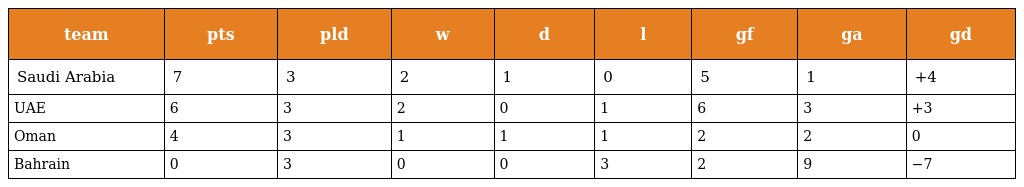
| team | pts | pld | w | d | l | gf | ga | gd |
 | --- | --- | --- | --- | --- | --- | --- | --- | --- |
 | Saudi Arabia | 7 | 3 | 2 | 1 | 0 | 5 | 1 | +4 |
 | UAE | 6 | 3 | 2 | 0 | 1 | 6 | 3 | +3 |
 | Oman | 4 | 3 | 1 | 1 | 1 | 2 | 2 | 0 |
 | Bahrain | 0 | 3 | 0 | 0 | 3 | 2 | 9 | −7 |